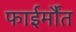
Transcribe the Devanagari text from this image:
फाईर्मौंत